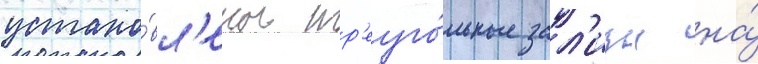
устано́вл'ены тр'еуго́льные зал'изы на́